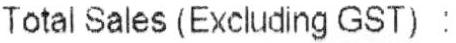
TOTAL SALES (EXCLUDING GST) :